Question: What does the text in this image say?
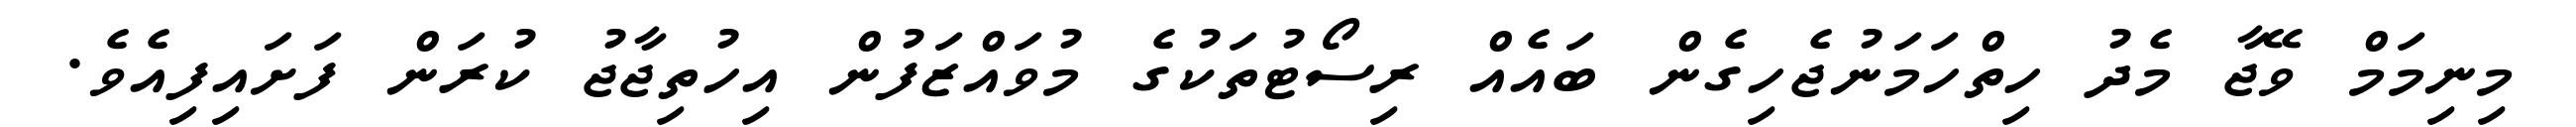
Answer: މިނިމަމް ވޭޖާ މެދު ހިތްހަމަނުޖެހިގެން ބައެއް ރިސޯޓުތަކުގެ މުވައްޒަފުން އިހުތިޖާޖު ކުރަން ފަށައިފިއެވެ.